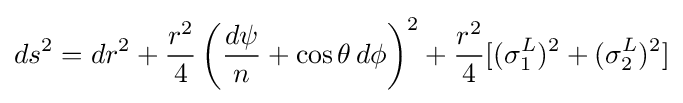
ds^{2}=dr^{2}+{\frac {r^{2}}{4}}\left({d\psi  \over n}+\cos \theta \,d\phi \right)^{2}+{\frac {r^{2}}{4}}[(\sigma _{1}^{L})^{2}+(\sigma _{2}^{L})^{2}]